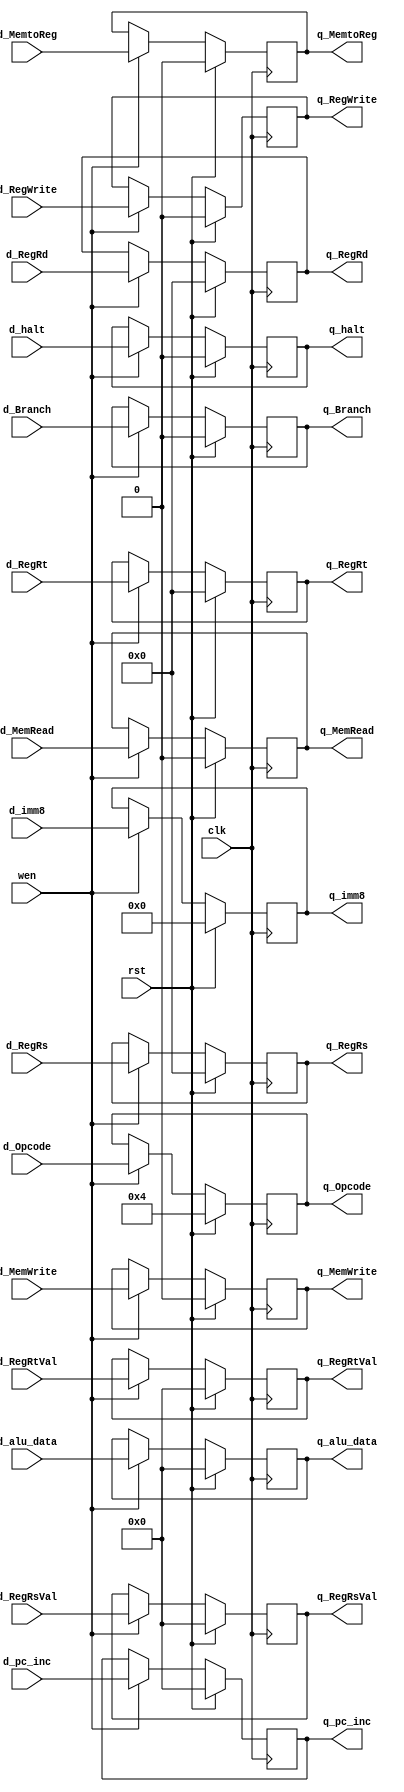
// Gokul's D-flipflop

module EXMEM_ff (q_Branch, d_Branch, q_MemRead, d_MemRead, q_MemWrite, d_MemWrite,
				q_RegWrite, d_RegWrite, q_MemtoReg, d_MemtoReg,
				q_RegRd, d_RegRd, q_RegRs, d_RegRs, q_RegRt, d_RegRt,
				q_RegRsVal, d_RegRsVal, q_RegRtVal, d_RegRtVal,
				q_alu_data, d_alu_data, q_imm8, d_imm8, q_Opcode, d_Opcode,  q_pc_inc, d_pc_inc,
				q_halt, d_halt,
				wen, clk, rst);

    //output         q; //DFF output
    //input          d; //DFF input
    input			wen; //Write Enable - I can't think of a good reason to use this here
    input          	clk; //Clock
    input          	rst; //Reset (used synchronously)

    reg s_Branch, s_MemRead, s_MemWrite;
    reg s_RegWrite, s_MemtoReg;
	reg s_halt;
    reg [3:0] s_RegRd, s_RegRs, s_RegRt;
	reg [3:0] s_Opcode;
	reg [15:0] s_RegRsVal, s_RegRtVal, s_alu_data, s_pc_inc;
    reg [7:0] s_imm8;

    //// IO signals ////

    // control signals for memory stage
    input d_Branch;			output q_Branch;
    input d_MemRead;		output q_MemRead;
    input d_MemWrite;		output q_MemWrite;

    // control signals for write back stage //
    input d_RegWrite;		output q_RegWrite;
    input d_MemtoReg;		output q_MemtoReg;

    // register signals //
    input [3:0] d_RegRd;			output [3:0] q_RegRd;
    input [3:0] d_RegRs;			output [3:0] q_RegRs;
    input [3:0] d_RegRt;			output [3:0] q_RegRt;
	input [15:0] d_RegRsVal;		output [15:0] q_RegRsVal;
	input [15:0] d_RegRtVal;		output [15:0] q_RegRtVal;

	input d_halt;				output q_halt;
    input [3:0] d_Opcode;		output [3:0] q_Opcode;
	input [15:0] d_alu_data;	output [15:0] q_alu_data;
	input [15:0] d_pc_inc;		output [15:0] q_pc_inc;
    input [7:0] d_imm8;			output [7:0] q_imm8;

    // Set new state //
    assign q_Branch = s_Branch;
    assign q_MemRead = s_MemRead;
    assign q_MemWrite = s_MemWrite;

    assign q_RegWrite = s_RegWrite;
    assign q_MemtoReg = s_MemtoReg;

    assign q_RegRd = s_RegRd;
    assign q_RegRs = s_RegRs;
    assign q_RegRt = s_RegRt;
	assign q_RegRsVal = s_RegRsVal;
	assign q_RegRtVal = s_RegRtVal;
	
	assign q_halt = s_halt;
	assign q_Opcode = s_Opcode;
	assign q_alu_data = s_alu_data;
	assign q_pc_inc = s_pc_inc;
	assign q_imm8 = s_imm8;

    always @(posedge clk) begin	  
	  s_Branch <= rst ? 0 : (wen ? d_Branch : s_Branch);
	  s_MemRead <= rst ? 0 : (wen ? d_MemRead : s_MemRead);
	  s_MemWrite <= rst ? 0 : (wen ? d_MemWrite : s_MemWrite);
	  
	  s_RegWrite <= rst ? 0 : (wen ? d_RegWrite : s_RegWrite);
	  s_MemtoReg <= rst ? 0 : (wen ? d_MemtoReg : s_MemtoReg);
	  
	  s_RegRd <= rst ? 0 : (wen ? d_RegRd : s_RegRd);
	  s_RegRs <= rst ? 0 : (wen ? d_RegRs : s_RegRs);
	  s_RegRt <= rst ? 0 : (wen ? d_RegRt : s_RegRt);
	  s_RegRsVal <= rst ? 0 : (wen ? d_RegRsVal : s_RegRsVal);
	  s_RegRtVal <= rst ? 0 : (wen ? d_RegRtVal : s_RegRtVal);

	  s_halt <= rst ? 0 : (wen ? d_halt : s_halt);	  
	  s_Opcode <= rst ? 4'b0100 : (wen ? d_Opcode : s_Opcode);
	  s_alu_data <= rst ? 0 : (wen ? d_alu_data : s_alu_data);
	  s_pc_inc <= rst ? 0 : (wen ? d_pc_inc : s_pc_inc);
	  s_imm8 <= rst ? 0 : (wen ? d_imm8 : s_imm8);
    end

endmodule